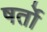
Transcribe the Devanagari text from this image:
षर्तो